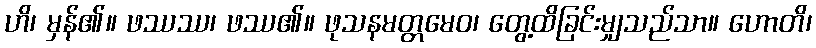
ဟိ၊ မှန်၏။ ဖဿဿ၊ ဖဿ၏။ ဖုသနမတ္တမေဝ၊ တွေ့ထိခြင်းမျှသည်သာ။ ဟောတိ၊